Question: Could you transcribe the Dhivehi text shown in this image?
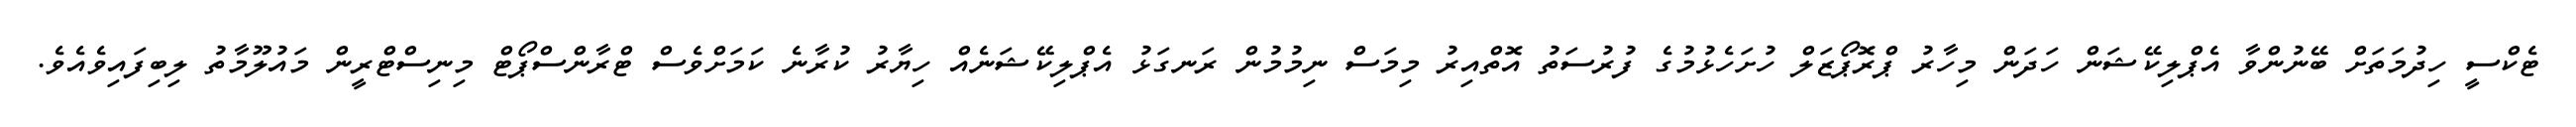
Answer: ޓެކްސީ ހިދުމަތަށް ބޭނުންވާ އެޕްލިކޭޝަން ހަދަން މިހާރު ޕްރޮޕޯޒަލް ހުށަހެޅުމުގެ ފުރުސަތު އޮތްއިރު މިމަސް ނިމުމުން ރަނގަޅު އެޕްލިކޭޝަނެއް ހިޔާރު ކުރާނެ ކަމަށްވެސް ޓްރާންސްޕޯޓް މިނިސްޓްރީން މައުލޫމާތު ލިބިފައިވެއެވެ.